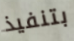
بتنفيذ